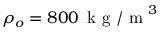
\rho _ { o } = 8 0 0 \, \mathrm { ~ k ~ g ~ / ~ m ~ } ^ { 3 }